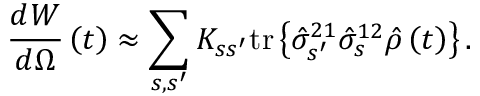
\frac { d W } { d \Omega } \left( t \right) \approx \sum _ { s , s ^ { \prime } } K _ { s s ^ { \prime } } \mathrm { t r } \left\{ \hat { \sigma } _ { s ^ { \prime } } ^ { 2 1 } \hat { \sigma } _ { s } ^ { 1 2 } \hat { \rho } \left( t \right) \right\} .